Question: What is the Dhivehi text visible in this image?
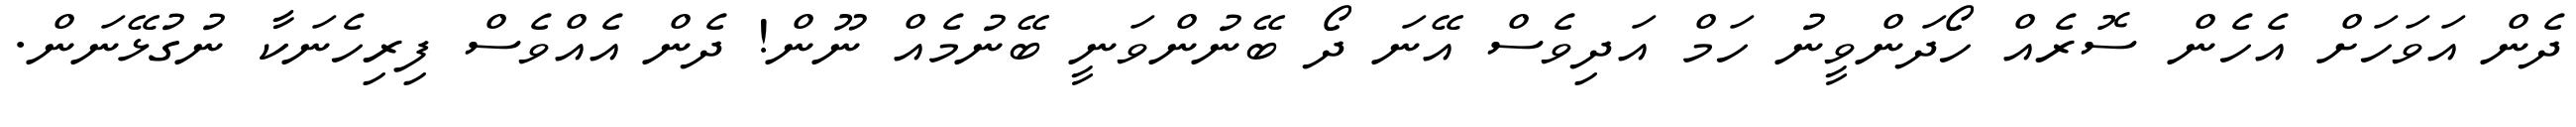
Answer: ދެން އަވަހަށް އެހެން ސޮރެއް ހޯދަންވީނު ހަމް އަދިވެސް އޭނަ ދޯ ބޭނުންވަނީ ބޭނުމެއް ނޫން! ދެން އެއްވެސް ފިރިހެނަކާ ނުގުޅޭނަން.